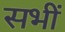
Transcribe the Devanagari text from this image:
सभीं